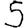
Digit: 5